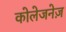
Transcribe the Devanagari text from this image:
कोलेजनेज़